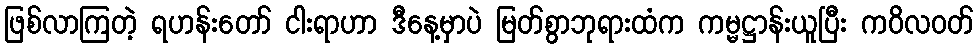
ဖြစ်လာကြတဲ့ ရဟန်းတော် ငါးရာဟာ ဒီနေ့မှာပဲ မြတ်စွာဘုရားထံက ကမ္မဋ္ဌာန်းယူပြီး ကဝိလဝတ်